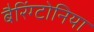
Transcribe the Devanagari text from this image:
बैरिंग्टोनिया